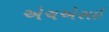
એચએસઇ